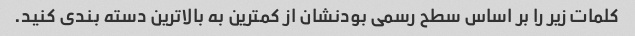
کلمات زیر را بر اساس سطح رسمی بودنشان از کمترین به بالاترین دسته بندی کنید.